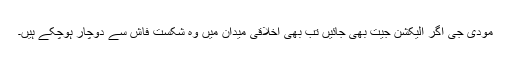
مودی جی اگر الیکشن جیت بھی جائیں تب بھی اخلاقی میدان میں وہ شکست فاش سے دوچار ہوچکے ہیں۔